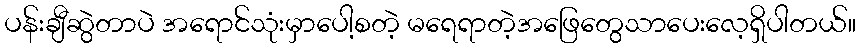
ပန်းချီဆွဲတာပဲ အရောင်သုံးမှာပေါ့စတဲ့ မရေရာတဲ့အဖြေတွေသာပေးလေ့ရှိပါတယ်။